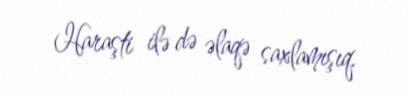
Haraşti ilə də əlaqə saxlamışıq.